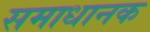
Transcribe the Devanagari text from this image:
समाधानक